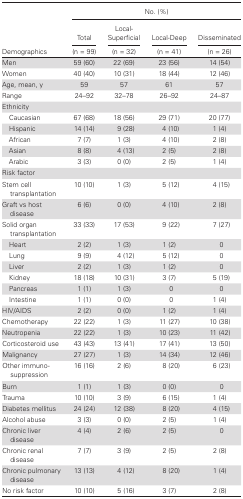
<table><thead><tr><td rowspan="2"></td><td colspan="4"><b>No. (%)</b></td></tr><tr><td><b>Total</b></td><td><b>Local- Superficial</b></td><td><b>Local-Deep</b></td><td><b>Disseminated</b></td></tr></thead><tbody><tr><td>Demographics</td><td>(n = 99)</td><td>(n = 32)</td><td>(n = 41)</td><td>(n = 26)</td></tr><tr><td>Men</td><td>59 (60)</td><td>22 (69)</td><td>23 (56)</td><td>14 (54)</td></tr><tr><td>Women</td><td>40 (40)</td><td>10 (31)</td><td>18 (44)</td><td>12 (46)</td></tr><tr><td>Age, mean, y</td><td>59</td><td>57</td><td>61</td><td>57</td></tr><tr><td>Range</td><td>24–92</td><td>32–78</td><td>26–92</td><td>24–87</td></tr><tr><td colspan="5">Ethnicity</td></tr><tr><td> Caucasian</td><td>67 (68)</td><td>18 (56)</td><td>29 (71)</td><td>20 (77)</td></tr><tr><td> Hispanic</td><td>14 (14)</td><td>9 (28)</td><td>4 (10)</td><td>1 (4)</td></tr><tr><td> African</td><td>7 (7)</td><td>1 (3)</td><td>4 (10)</td><td>2 (8)</td></tr><tr><td> Asian</td><td>8 (8)</td><td>4 (13)</td><td>2 (5)</td><td>2 (8)</td></tr><tr><td> Arabic</td><td>3 (3)</td><td>0 (0)</td><td>2 (5)</td><td>1 (4)</td></tr><tr><td colspan="5">Risk factor</td></tr><tr><td>Stem cell transplantation</td><td>10 (10)</td><td>1 (3)</td><td>5 (12)</td><td>4 (15)</td></tr><tr><td>Graft vs host disease</td><td>6 (6)</td><td>0 (0)</td><td>4 (10)</td><td>2 (8)</td></tr><tr><td>Solid organ transplantation</td><td>33 (33)</td><td>17 (53)</td><td>9 (22)</td><td>7 (27)</td></tr><tr><td> Heart</td><td>2 (2)</td><td>1 (3)</td><td>1 (2)</td><td>0</td></tr><tr><td> Lung</td><td>9 (9)</td><td>4 (12)</td><td>5 (12)</td><td>0</td></tr><tr><td> Liver</td><td>2 (2)</td><td>1 (3)</td><td>1 (2)</td><td>0</td></tr><tr><td> Kidney</td><td>18 (18)</td><td>10 (31)</td><td>3 (7)</td><td>5 (19)</td></tr><tr><td> Pancreas</td><td>1 (1)</td><td>1 (3)</td><td>0</td><td>0</td></tr><tr><td> Intestine</td><td>1 (1)</td><td>0 (0)</td><td>0</td><td>1 (4)</td></tr><tr><td>HIV/AIDS</td><td>2 (2)</td><td>0 (0)</td><td>1 (2)</td><td>1 (4)</td></tr><tr><td>Chemotherapy</td><td>22 (22)</td><td>1 (3)</td><td>11 (27)</td><td>10 (38)</td></tr><tr><td>Neutropenia</td><td>22 (22)</td><td>1 (3)</td><td>10 (23)</td><td>11 (42)</td></tr><tr><td>Corticosteroid use</td><td>43 (43)</td><td>13 (41)</td><td>17 (41)</td><td>13 (50)</td></tr><tr><td>Malignancy</td><td>27 (27)</td><td>1 (3)</td><td>14 (34)</td><td>12 (46)</td></tr><tr><td>Other immunosuppression</td><td>16 (16)</td><td>2 (6)</td><td>8 (20)</td><td>6 (23)</td></tr><tr><td>Burn</td><td>1 (1)</td><td>1 (3)</td><td>0 (0)</td><td>0</td></tr><tr><td>Trauma</td><td>10 (10)</td><td>3 (9)</td><td>6 (15)</td><td>1 (4)</td></tr><tr><td>Diabetes mellitus</td><td>24 (24)</td><td>12 (38)</td><td>8 (20)</td><td>4 (15)</td></tr><tr><td>Alcohol abuse</td><td>3 (3)</td><td>0 (0)</td><td>2 (5)</td><td>1 (4)</td></tr><tr><td>Chronic liver disease</td><td>4 (4)</td><td>2 (6)</td><td>2 (5)</td><td>0</td></tr><tr><td>Chronic renal disease</td><td>7 (7)</td><td>3 (9)</td><td>2 (5)</td><td>2 (8)</td></tr><tr><td>Chronic pulmonary disease</td><td>13 (13)</td><td>4 (12)</td><td>8 (20)</td><td>1 (4)</td></tr><tr><td>No risk factor</td><td>10 (10)</td><td>5 (16)</td><td>3 (7)</td><td>2 (8)</td></tr></tbody></table>